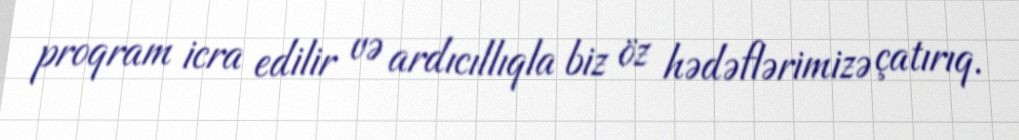
proqram icra edilir və ardıcıllıqla biz öz hədəflərimizə çatırıq.